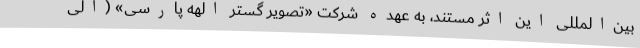
بین‌المللی این اثر مستند، به عهده شرکت «تصویر گستر الهه پارسی» (الی